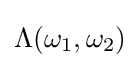
\Lambda (\omega _{1},\omega _{2})